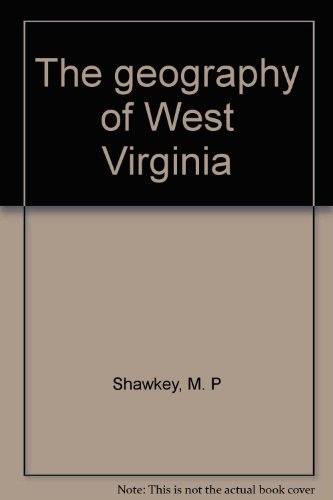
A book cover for The geography of West Virginia; M. P Shawkey; Travel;